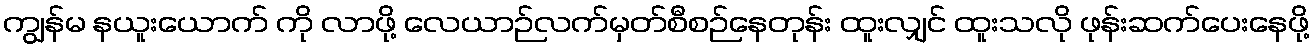
ကျွန်မ နယူးယောက် ကို လာဖို့ လေယာဉ်လက်မှတ်စီစဉ်နေတုန်း ထူးလျှင် ထူးသလို ဖုန်းဆက်ပေးနေဖို့